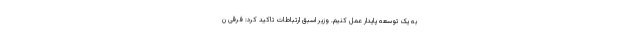
به یک توسعه پایدار عمل کنیم. وزیر اسبق ارتباطات تاکید کرد: فرقی ن